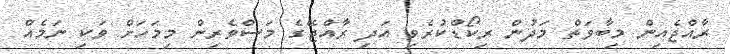
ރާއްޖެއިން މިބާވަތް މަދުން ރިކޯޑްކުރެވި އަދި ރާއްޖޭގެ މަސްވެރިން މިމަހަށް ވަކި ނަމެއް